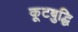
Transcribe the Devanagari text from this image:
कूटबुद्धि